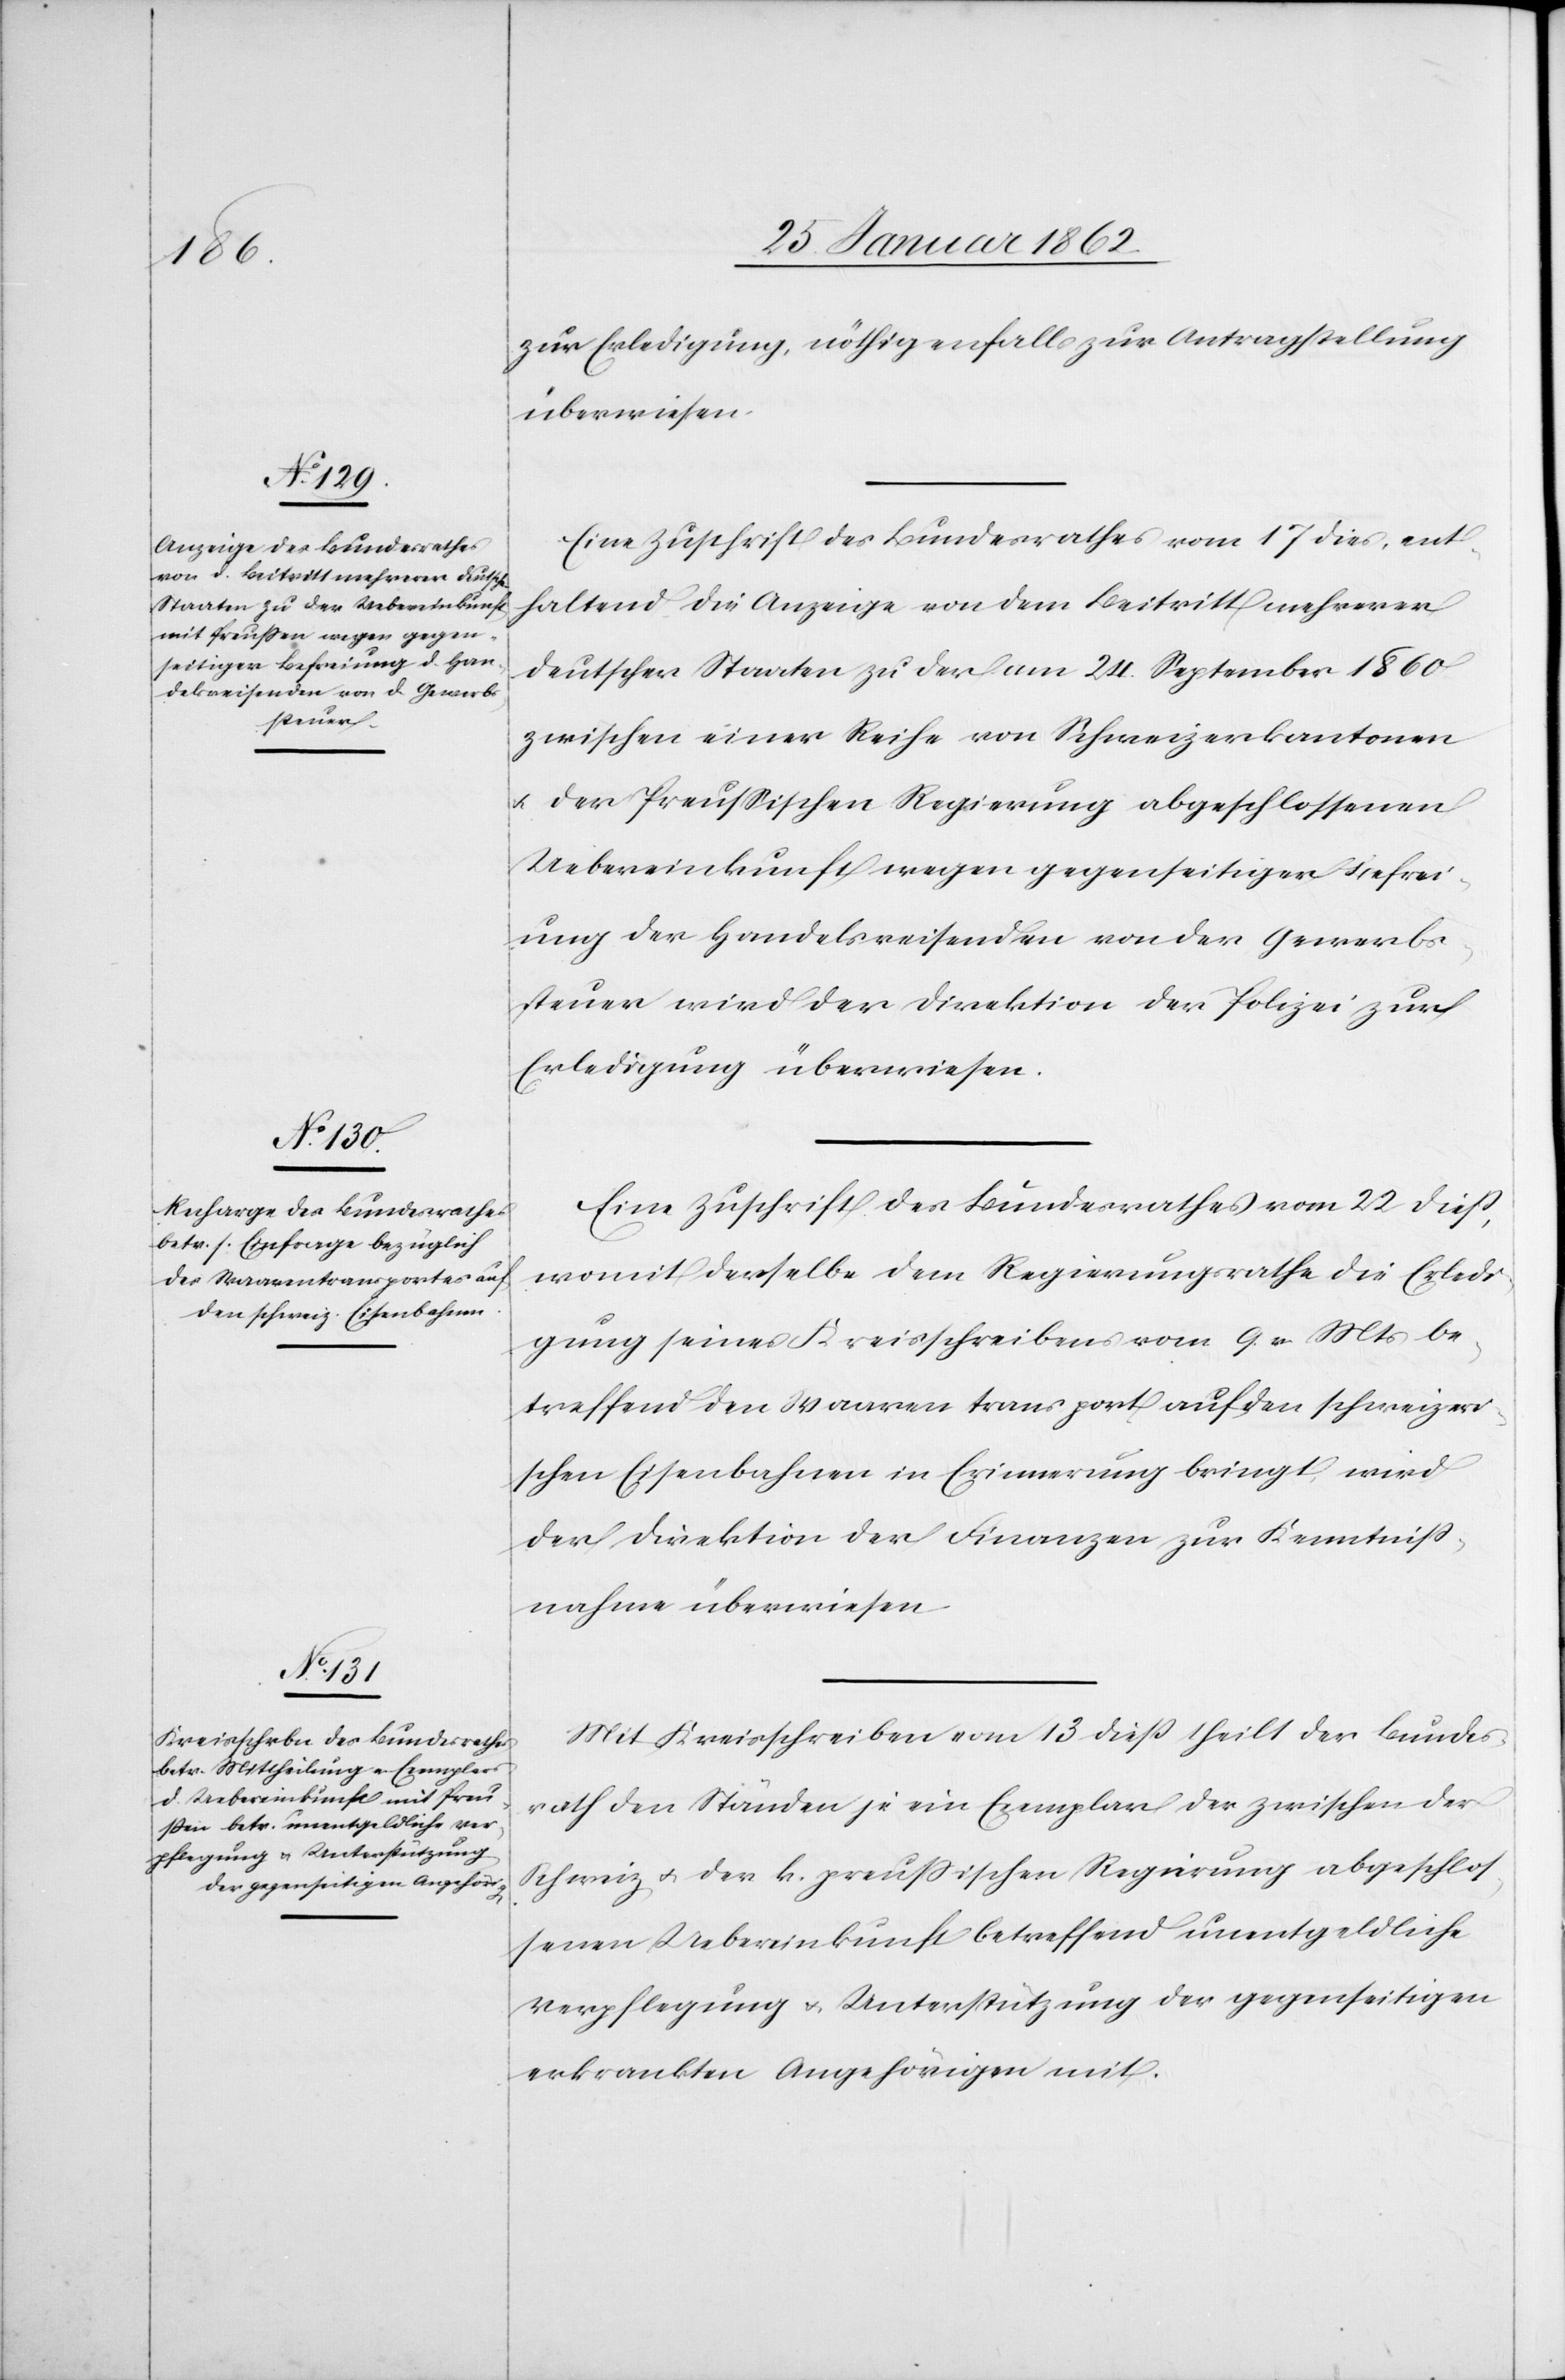
zur Erledigung, nöthigenfalls zur Antragstellung
überwiesen.
Eine Zuschrift des Bundesrathes vom 17 dies, ent¬
haltend die Anzeige von dem Beitritt mehrerer
deutscher Staaten zu der am 24. September 1860
zwischen einer Reihe von Schweizerkantonen
u. der Preußischen Regierung abgeschlossenen
Uebereinkunft wegen gegenseitiger Befrei¬
ung der Handelsreisenden von der Gewerbs¬
steuer wird der Direktion der Polizei zur
Erledigung überwiesen.
Eine Zuschrift des Bundesrathes vom 22 dieß,
womit derselbe dem Regierungsrathe die Erledi¬
gung seines Kreisschreibens vom 9. v. Mts be¬
treffend den Waarentransport auf den schweizeri¬
schen Eisenbahnen in Erinnerung bringt, wird
der Direktion der Finanzen zur Kenntniß¬
nahme überwiesen[.]
Mit Kreisschreiben vom 13 dieß theilt der Bundes¬
rath den Ständen je ein Exemplar der zwischen der
Schweiz u. der k. preußischen Regierung abgeschlos¬
senen Uebereinkunft betreffend unentgeldliche
Verpflegung u. Unterstützung der gegenseitigen
erkrankten Angehörigen mit.